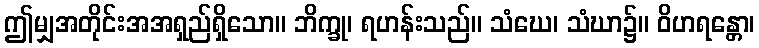
ဤမျှအတိုင်းအအရှည်ရှိသော။ ဘိက္ခု၊ ရဟန်းသည်။ သံဃေ၊ သံဃာ၌။ ဝိဟရန္တော၊